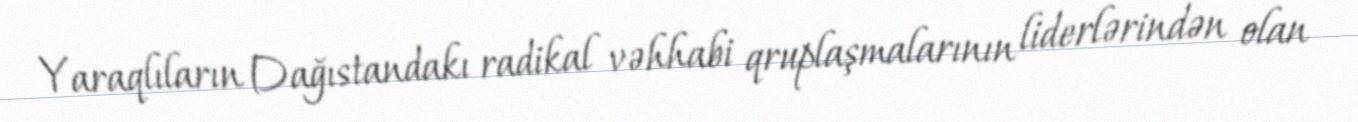
Yaraqlıların Dağıstandakı radikal vəhhabi qruplaşmalarının liderlərindən olan